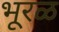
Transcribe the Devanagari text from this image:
भूरळ